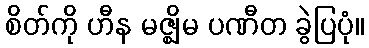
စိတ်ကို ဟီန မဇ္ဈိမ ပဏီတ ခွဲပြပုံ။